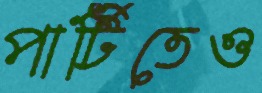
পার্টিতেও